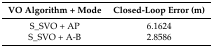
<table><thead><tr><td><b>VO Algorithm + Mode</b></td><td><b>Closed-Loop Error (m)</b></td></tr></thead><tbody><tr><td>S_SVO + AP</td><td>6.1624</td></tr><tr><td>S_SVO + A-B</td><td>2.8586</td></tr></tbody></table>